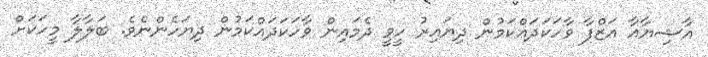
އާޝިޔާއާ އަޒްފާ ވާހަކަދައްކަމުން ދިޔައިރު ހީވީ ދެމައިން ވާހަކަދައްކަމުން ދިޔަހެންނެވެ. ބަލާލާ މީހަކަށް